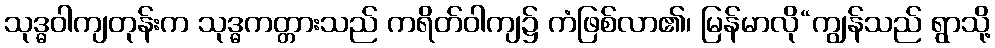
သုဒ္ဓဝါကျတုန်းက သုဒ္ဓကတ္တားသည် ကရိတ်ဝါကျ၌ ကံဖြစ်လာ၏၊ မြန်မာလို“ကျွန်သည် ရွာသို့